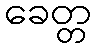
ခေတ္တ